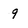
Character: 9